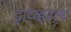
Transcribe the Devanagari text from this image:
ड्राय्व्हरला